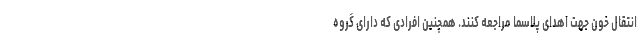
انتقال خون جهت اهدای پلاسما مراجعه کنند. همچنین افرادی که دارای گروه